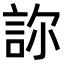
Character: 𧦽